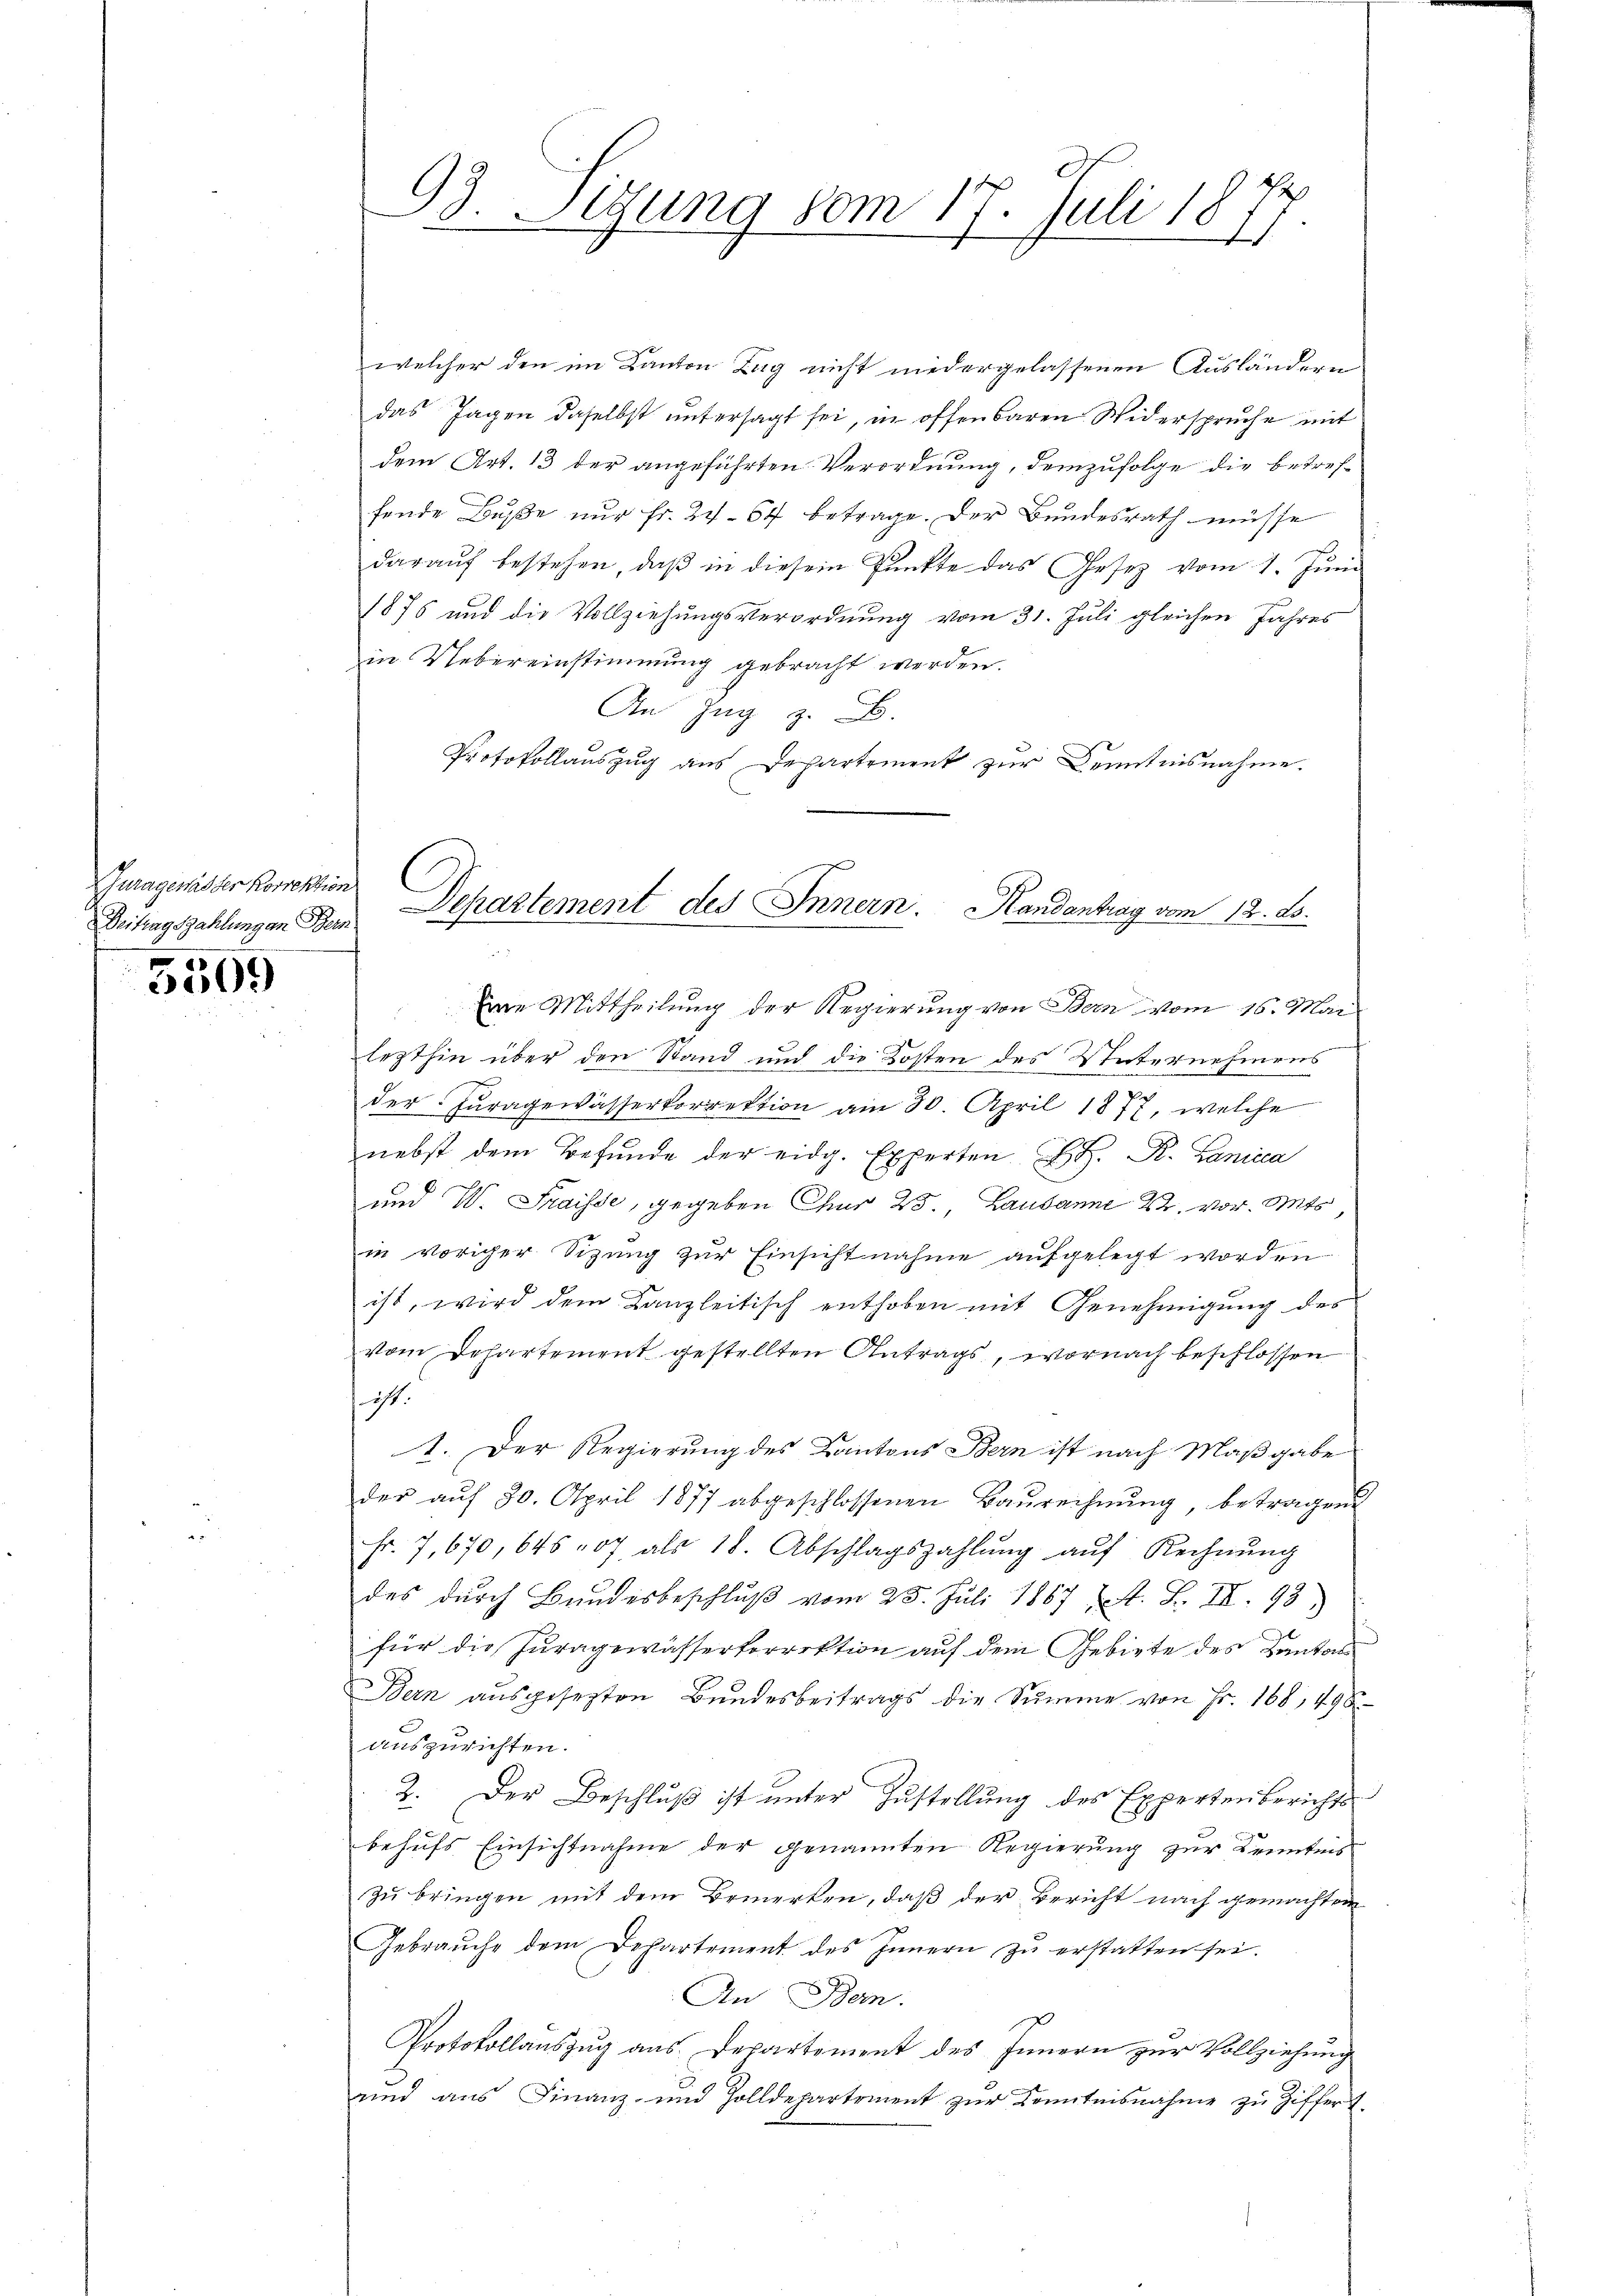
uragewässer Korrektion
Beitragszahlungen Bern.

.
300)

welcher den im Kanton Zug nicht niedergelassenen Ausländern
das Jagen daselbst untersagt sei, in offenbaren Widerspruche mit
dem Art. 13 der angeführten Verordnung, demzufolge die betreffende Buße nur Fr. 2. 57 betrage. Der Bundesrath müsse
darauf bestehen, daß in diesem Punkte das Gesez vom 1. Juni
1875 und die Vollziehungsverordnung vom 31. Juli gleichen Jahres
in Uebereinstimmung gebracht werden.
An Zug z. B.
Protokollauszug aus Departement zur Kenntnisnahme.

93. Segung vom 17. Juli 1871

Dchartement des Innern. Mandantrag vom 12. ds.

Eine Mittheilung der Regierung von Bern vom 16. Mai
lezthin über den Stand und die Kosten des Unternehmens
der Juragewässerkorrektion am 30. April 1877, welche
nebst dem Befunde der eidg. Experten H. H. K. Lanicca
und V. Fraisse, gegeben Chur 25., Lausanne 22. vor. Mts
in voriger Sizung zur Einsichtnahme aufgelegt worden
ist, wird dem Kanzleitisch enthoben mit Genehmigung des
vom Dehartement gestellten Antrags, wornach beschlossen
 ist.
1. Der Regierung des Kantons Bern ist nach Maßgabe
der aŭf 30. April 1877 abgeschlossenen Baŭrechnŭng, betragend
Fr. 7, 670, 645 07 als 18. Abschlagszahlŭng aŭf Rechnŭng
des dŭrch Bundesbeschlŭβ vom 25. Juli 1867 (s. S. II. 93
für die Juragewässerkorrektion auf dem Gebiete des Kantons
Bern ausgesezten Bundesbeitrags die Summe von Fr. 168, 498
auszurichten.
2. Der Beschluß ist unter Zustellung des Expertenberichts
behufs Einsichtnahme der genannten Regierung zur Kenntnis
zu bringen mit dem Bemerken, daß der Bericht nach gemachten
Gebraŭche dem Departement des Innern zŭ erstatten sei.
An Bern.
Protokollauszug aus Departement des Innern zur Vollziehung
unnd ans Finanz- und Zolldepartement zŭr Kenntnisnahme zŭ Ziffert.